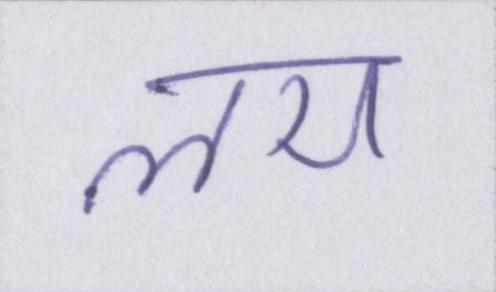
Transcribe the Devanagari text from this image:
लय